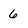
Character: 6